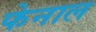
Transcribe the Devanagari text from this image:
फेनाल